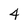
Character: 4